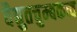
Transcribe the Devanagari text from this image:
वैद्युतचुम्बकत्व